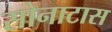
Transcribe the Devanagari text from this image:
सोनाटास